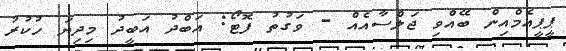
ޕީޕީއެމްއިން ބޭއްވި ޖަލްސާއެއް - ވަގުތު ފޮޓޯ: އަބްދު އަބީދު މިދިޔަ ހުކުރު